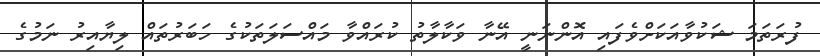
ފުރަތަމަ ޝަކުވާއަކަށްވެފައި އޮންނަނީ އޭނާ ވަކާލާތު ކުރައްވާ މައްސަލަތަކުގެ ހަބަރުތައް ލިޔާއިރު ނަމުގެ